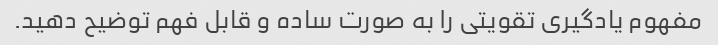
مفهوم یادگیری تقویتی را به صورت ساده و قابل فهم توضیح دهید.